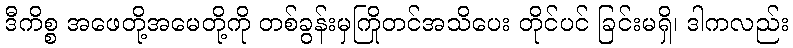
ဒီကိစ္စ အဖေတို့အမေတို့ကို တစ်ခွန်းမှကြိုတင်အသိပေး တိုင်ပင် ခြင်းမရှိ၊ ဒါကလည်း